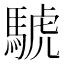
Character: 𫘌